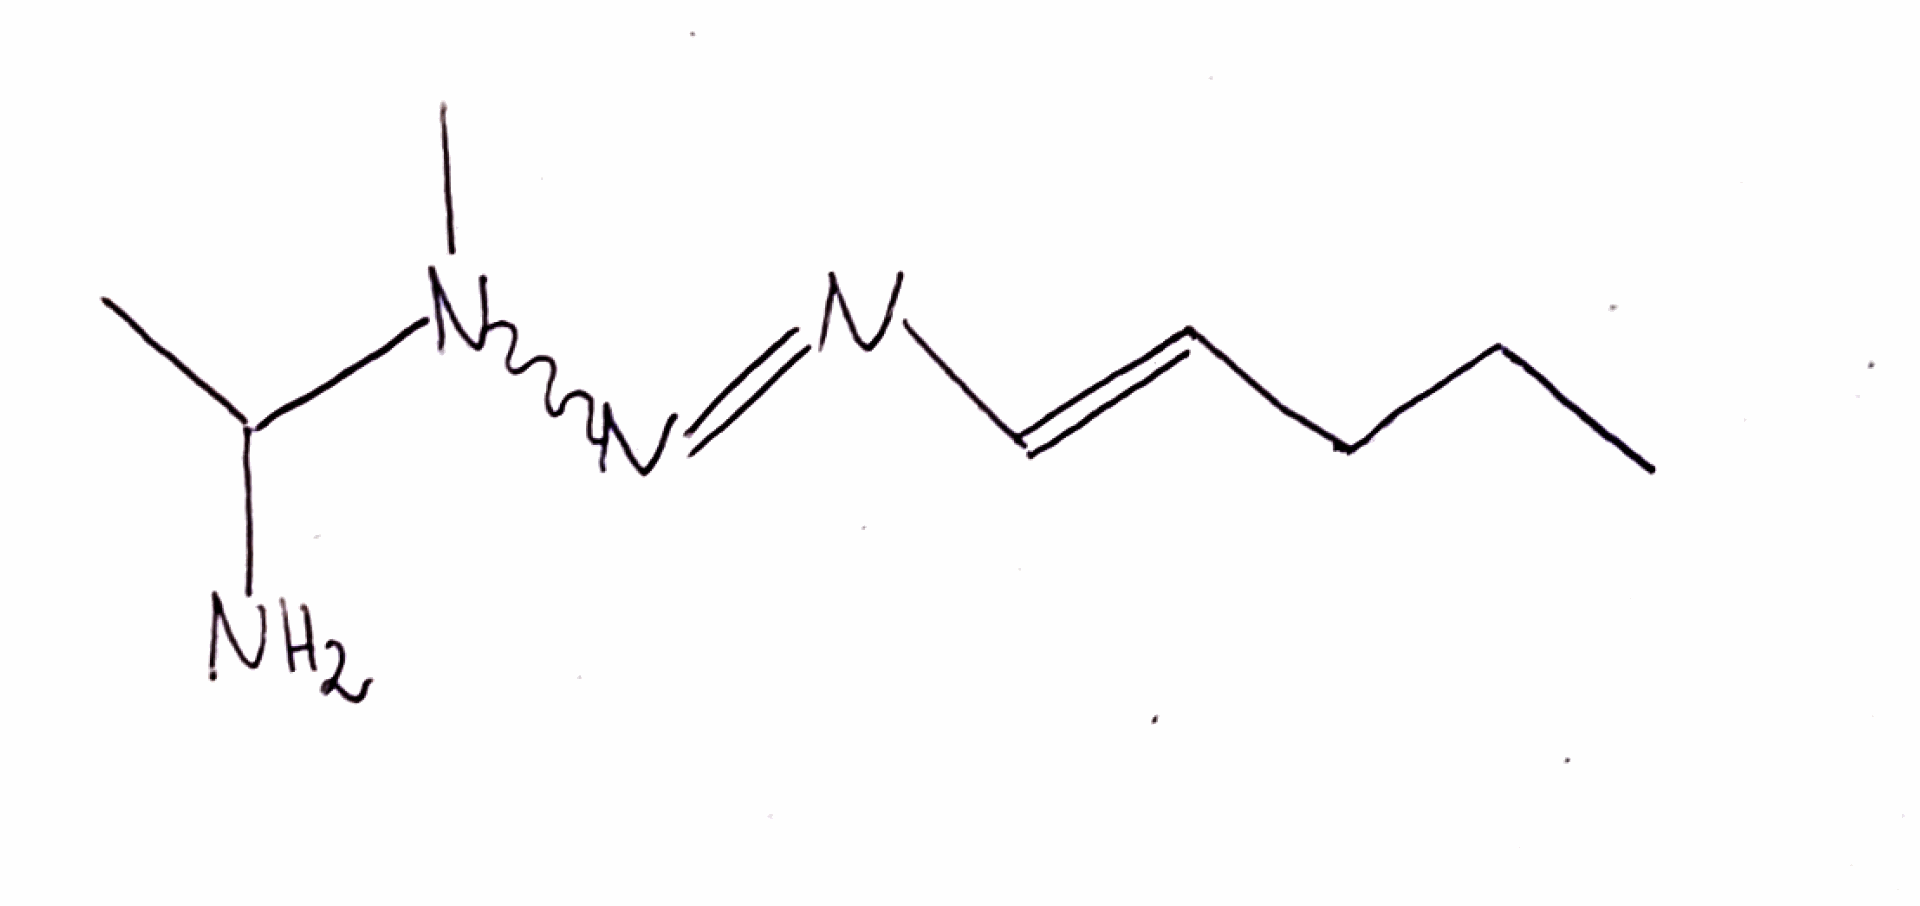
Simplified molecular-input line-entry system (SMILES) notation of the given molecule:
CCC/C=C/N=NN(C)C(C)N